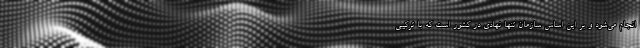
انجام می‌شود و بر این اساس سازمان تنها نهادی در کشور است که با ترکیبی